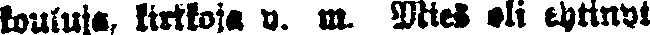
kouluja, kirkkoja y. m. Mies oli ehtinyt